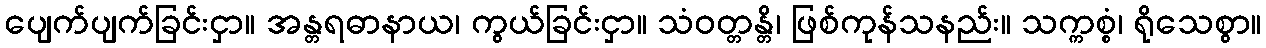
ပျေက်ပျက်ခြင်းငှာ။ အန္တရဓာနာယ၊ ကွယ်ခြင်းငှာ။ သံဝတ္တန္တိ၊ ဖြစ်ကုန်သနည်း။ သက္ကစ္စံ၊ ရိုသေစွာ။